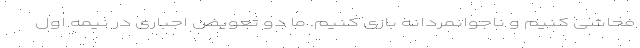
فحاشی کنیم و ناجوانمردانه بازی کنیم. ما دو تعویض اجباری در نیمه اول